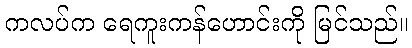
ကလပ်က ရေကူးကန်ဟောင်းကို မြင်သည်။